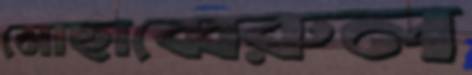
মোছাব্বেরুল